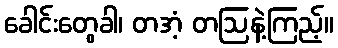
ခေါင်းတွေခါ၊ တအံ့ တဩနဲ့ကြည့်။